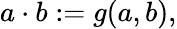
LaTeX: a\cdot b:=g(a,b),